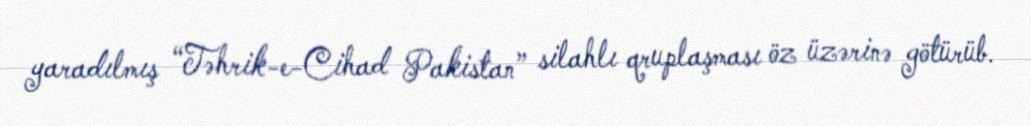
yaradılmış “Təhrik-e-Cihad Pakistan” silahlı qruplaşması öz üzərinə götürüb.